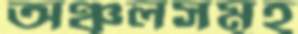
অঞ্চলসমূহ